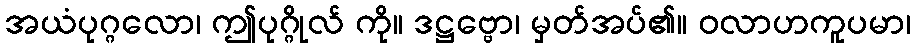
အယံပုဂ္ဂလော၊ ဤပုဂ္ဂိုလ် ကို။ ဒဋ္ဌဗ္ဗော၊ မှတ်အပ်၏။ ဝလာဟကူပမာ၊